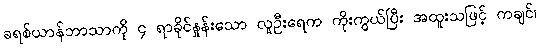
ခရစ်ယာန်ဘာသာကို ၄ ရာခိုင်နှုန်းသော လူဦးရေက ကိုးကွယ်ပြီး အထူးသဖြင့် ကချင်၊